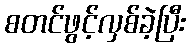
စတင်ဖွင့်လှစ်ခဲ့ပြီး